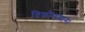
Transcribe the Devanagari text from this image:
विकोणमान।